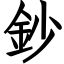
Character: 鈔